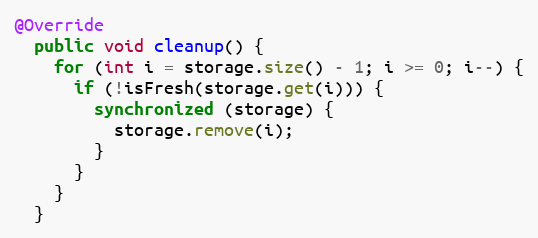
Language: Java
@Override
  public void cleanup() {
    for (int i = storage.size() - 1; i >= 0; i--) {
      if (!isFresh(storage.get(i))) {
        synchronized (storage) {
          storage.remove(i);
        }
      }
    }
  }